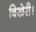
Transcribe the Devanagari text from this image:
बिखेरी।